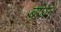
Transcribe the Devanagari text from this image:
बांघने